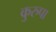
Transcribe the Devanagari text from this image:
कुरुपा